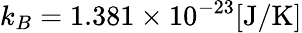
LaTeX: k_{B}=1.381\times 10^{-23}[\mathrm{J/K}]